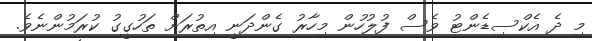
މި ދެ އެކްސިޑެންޓު ވެސް ފުލުހުން މިހާރު ގެންދަނީ އިތުރަށް ތަހުގީގު ކުރަމުންނެވެ.